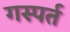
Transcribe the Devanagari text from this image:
गस्पर्त